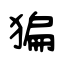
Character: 猵